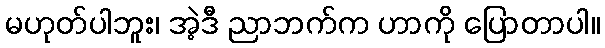
မဟုတ်ပါဘူး၊ အဲ့ဒီ ညာဘက်က ဟာကို ပြောတာပါ။